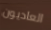
العاديون